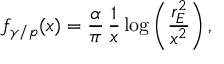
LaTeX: f _ { \gamma / p } ( x ) = \frac { \alpha } { \pi } \, \frac { 1 } { x } \, \mathrm { l o g } \left( \frac { r _ { E } ^ { 2 } } { x ^ { 2 } } \right) ,